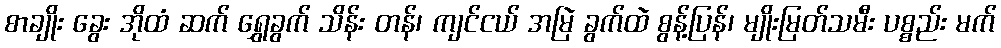
စာချိုး ခွေး အိုထံ ဆက် ရွှေခွက် သိန်း တန်၊ ကျင်ငယ် အမြဲ ခွက်ထဲ စွန့်ပြန်၊ မျိုးမြတ်သမီး ပစ္စည်း မက်